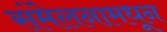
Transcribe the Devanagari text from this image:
संमेलनामधून